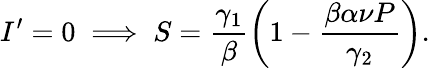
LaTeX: I^{\prime}=0\implies S=\frac{\gamma_{1}}{\beta}\left(1-\frac{\beta\alpha\nu P}{\gamma_{2}}\right).